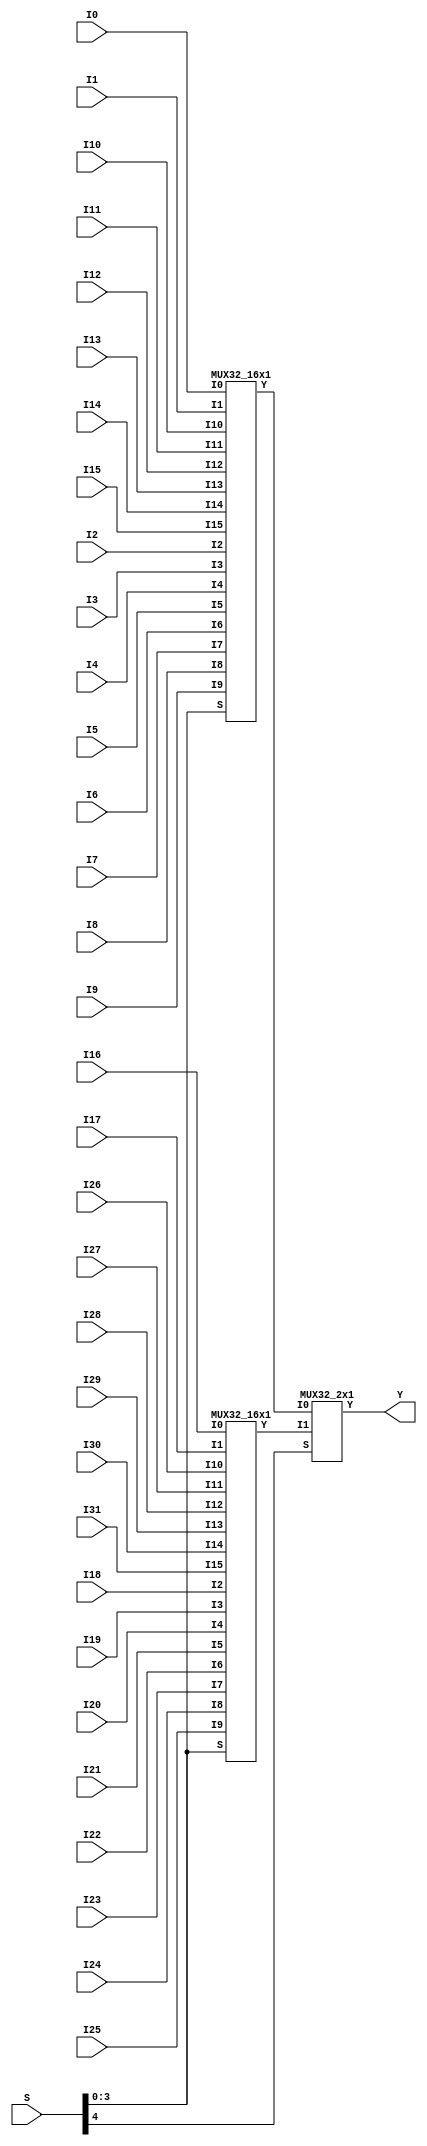
// Name: mux.v
// Module: 
// Input: 
// Output: 
//
// Notes: Common definitions
// 
//
// Revision History:
//
// Version	Date		Who		email			note
//------------------------------------------------------------------------------------------
//  1.0     Sep 02, 2014	Kaushik Patra	kpatra@sjsu.edu		Initial creation
//------------------------------------------------------------------------------------------
//
// 32-bit mux
module MUX32_32x1(Y, I0, I1, I2, I3, I4, I5, I6, I7,
                     I8, I9, I10, I11, I12, I13, I14, I15,
                     I16, I17, I18, I19, I20, I21, I22, I23,
                     I24, I25, I26, I27, I28, I29, I30, I31, S);
// output list
output [31:0] Y;
//input list
input [31:0] I0, I1, I2, I3, I4, I5, I6, I7;
input [31:0] I8, I9, I10, I11, I12, I13, I14, I15;
input [31:0] I16, I17, I18, I19, I20, I21, I22, I23;
input [31:0] I24, I25, I26, I27, I28, I29, I30, I31;
input [4:0] S;

// TBD
wire [31:0] mux1, mux2;

MUX32_16x1 m1(mux1, I0, I1, I2, I3, I4, I5, I6, I7, I8, I9, I10, I11, I12, I13, I14, I15, S[3:0]);
MUX32_16x1 m2(mux2, I16, I17, I18, I19, I20, I21, I22, I23, I24, I25, I26, I27, I28, I29, I30, I31, S[3:0]);
MUX32_2x1 m3(Y, mux1, mux2, S[4]);


endmodule

// 32-bit 16x1 mux
module MUX32_16x1(Y, I0, I1, I2, I3, I4, I5, I6, I7,
                     I8, I9, I10, I11, I12, I13, I14, I15, S);
// output list
output [31:0] Y;
//input list
input [31:0] I0;
input [31:0] I1;
input [31:0] I2;
input [31:0] I3;
input [31:0] I4;
input [31:0] I5;
input [31:0] I6;
input [31:0] I7;
input [31:0] I8;
input [31:0] I9;
input [31:0] I10;
input [31:0] I11;
input [31:0] I12;
input [31:0] I13;
input [31:0] I14;
input [31:0] I15;
input [3:0] S;

// TBD

wire [31:0] mux1, mux2;

MUX32_8x1 m1(mux1, I0, I1, I2, I3, I4, I5, I6, I7, S[2:0]);
MUX32_8x1 m2(mux2, I8, I9, I10, I11, I12, I13, I14, I15, S[2:0]);
MUX32_2x1 m3(Y, mux1, mux2, S[3]);
endmodule

// 32-bit 8x1 mux
module MUX32_8x1(Y, I0, I1, I2, I3, I4, I5, I6, I7, S);
// output list
output [31:0] Y;
//input list
input [31:0] I0;
input [31:0] I1;
input [31:0] I2;
input [31:0] I3;
input [31:0] I4;
input [31:0] I5;
input [31:0] I6;
input [31:0] I7;
input [2:0] S;

wire [31:0] mux1, mux2;
// TBD

MUX32_4x1 m1(mux1, I0, I1, I2, I3, S[1:0]);
MUX32_4x1 m2(mux2, I4, I5, I6, I7, S[1:0]);
MUX32_2x1 m3(Y, mux1, mux2, S[2]);

endmodule

// 32-bit 4x1 mux
module MUX32_4x1(Y, I0, I1, I2, I3, S);
// output list
output [31:0] Y;
//input list
input [31:0] I0;
input [31:0] I1;
input [31:0] I2;
input [31:0] I3;
input [1:0] S;

// TBD
wire [31:0] mux1, mux2;


MUX32_2x1 m1(mux1, I0, I1, S[0]);
MUX32_2x1 m2(mux2, I2, I3, S[0]);
MUX32_2x1 m3(Y, mux1, mux2, S[1]);

endmodule


//64 2x1 mux
module MUX64_2x1(Y,I0,I1,S);

output [63:0] Y;

input [63:0] I0, I1;
input S;

genvar i;
generate
	for(i =0; i<64; i=i+1)
	begin : mux_loop
		MUX1_2x1 m(Y[i], I0[i],I1[i], S);
	end
endgenerate
endmodule

// 32-bit mux
module MUX32_2x1(Y, I0, I1, S);
// output list
output [31:0] Y;
//input list
input [31:0] I0;
input [31:0] I1;
input S;

// TBD
genvar i;

generate
	for(i=0; i<32; i=i+1) begin : mux32_2x1_loop
		MUX1_2x1 m(Y[i], I0[i], I1[i], S);
	end
endgenerate
		
endmodule

// 1-bit mux
module MUX1_2x1(Y,I0, I1, S);
//output list
output Y;
//input list
input I0, I1, S;

// TBD
wire notWire,and1Wire, and2Wire;

not not1(notWire, S);
and and1(and1Wire, I0, notWire);
and and2(and2Wire,I1,S);
or  or1(Y,and1Wire,and2Wire);

endmodule

module MUX26_2x1(result, operand1, operand2, control);
	input [25:0] operand1, operand2;
	input control;

	output [25:0] result;

	genvar i; generate
		for (i=0; i<26; i=i+1)begin : mux5_2x1_gen_loop
			MUX1_2x1 m(result[i], operand1[i], operand2[i], control);
		end
	endgenerate
endmodule

module MUX5_2x1(result, operand1, operand2, control);
	input [4:0] operand1, operand2;
	input control;

	output [4:0] result;

	genvar i; generate
		for (i=0; i<5; i=i+1)begin : mux5_2x1_gen_loop
			MUX1_2x1 m(result[i], operand1[i], operand2[i], control);
		end
	endgenerate
endmodule